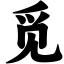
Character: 觅